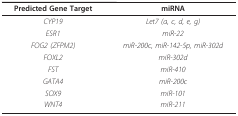
<table><thead><tr><td><b>Predicted Gene Target</b></td><td><b>miRNA</b></td></tr></thead><tbody><tr><td><i>CYP19</i></td><td><i>Let7 (a, c, d, e, g)</i></td></tr><tr><td><i>ESR1</i></td><td><i>miR-22</i></td></tr><tr><td><i>FOG2 (ZFPM2)</i></td><td><i>miR-200c, miR-142-5p, miR-302d</i></td></tr><tr><td><i>FOXL2</i></td><td><i>miR-302d</i></td></tr><tr><td><i>FST</i></td><td><i>miR-410</i></td></tr><tr><td><i>GATA4</i></td><td><i>miR-200c</i></td></tr><tr><td><i>SOX9</i></td><td><i>miR-101</i></td></tr><tr><td><i>WNT4</i></td><td><i>miR-211</i></td></tr></tbody></table>